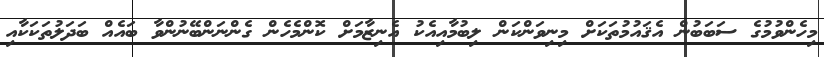
މިހެންވުމުގެ ސަބަބުން އެޤައުމުތަކަށް މިނިވަންކަން ލިބުމާއިއެކު އެނިޒާމަށް ކޮންމެހެން ގެންނަންބޭނުންވާ ބައެއް ބަދަލުތަކަކާއި